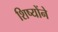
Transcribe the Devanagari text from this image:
शिष्योंने